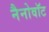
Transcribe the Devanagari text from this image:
नैनोवॉट